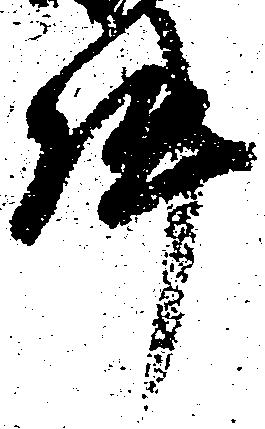
件